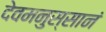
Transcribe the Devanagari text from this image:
देवमनुस्सानं